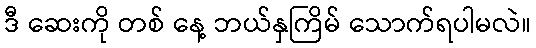
ဒီ ဆေးကို တစ် နေ့ ဘယ်နှကြိမ် သောက်ရပါမလဲ။